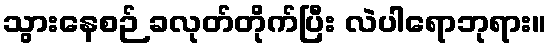
သွားနေစဉ် ခလုတ်တိုက်ပြီး လဲပါရောဘုရား။